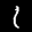
Label: 1